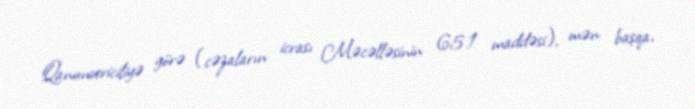
Qanunvericiliyə görə (cəzaların icrası Məcəlləsinin 65.1 maddəsi), mən başqa,